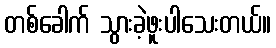
တစ်ခေါက် သွားခဲ့ဖူးပါသေးတယ်။